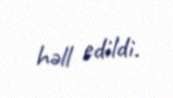
həll edildi.